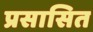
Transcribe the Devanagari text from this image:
प्रसासित